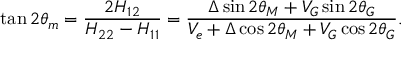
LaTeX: \tan 2 \theta _ { m } = \frac { 2 H _ { 1 2 } } { H _ { 2 2 } - H _ { 1 1 } } = \frac { \Delta \sin { 2 \theta _ { M } } + V _ { G } \sin { 2 \theta _ { G } } } { V _ { e } + \Delta \cos { 2 \theta _ { M } } + V _ { G } \cos { 2 \theta _ { G } } } .